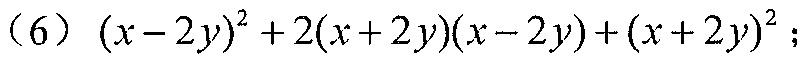
（6）\((x - 2y)^{2}+2(x + 2y)(x - 2y)+(x + 2y)^{2}\)；